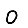
Digit: 0